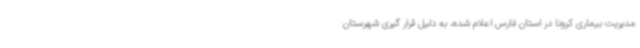
مدیریت بیماری کرونا در استان فارس اعلام شده، به دلیل قرار گیری شهرستان